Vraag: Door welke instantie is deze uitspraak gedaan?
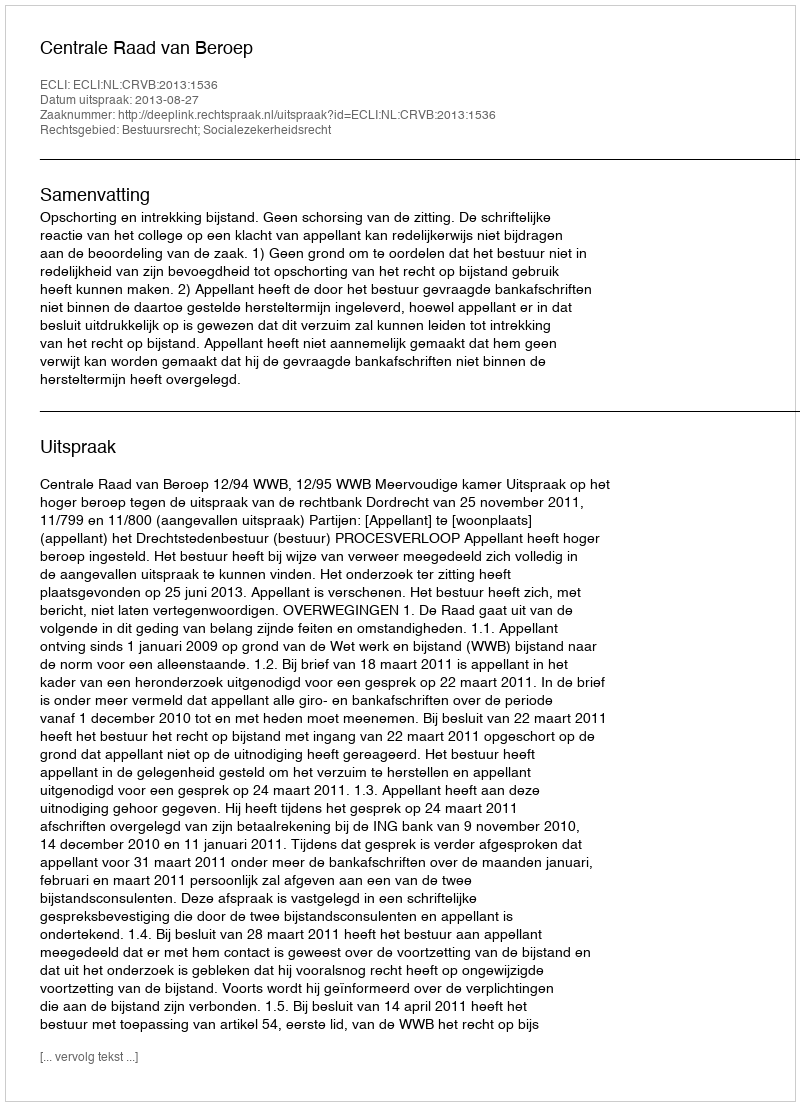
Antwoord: Centrale Raad van Beroep